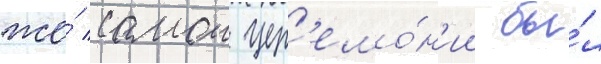
же́ самои цер'емо́н'ии бы́л